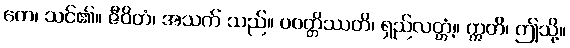
တေ၊ သင်၏။ ဇီဝိတံ၊ အသက် သည်။ ပဝတ္တိဿတိ၊ ရှည်လတ္တံ့။ ဣတိ၊ ဤသို့။